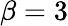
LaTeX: \beta=3